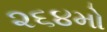
૨૬૪મો